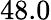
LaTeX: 48.0